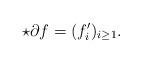
LaTeX: \begin{align*}\star \partial f =(f'_i)_{i \ge 1}.\end{align*}